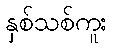
နှစ်သစ်ကူး